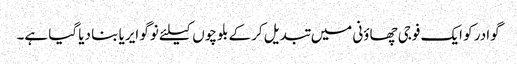
گوادر کو ایک فوجی چھاؤنی میں تبدیل کرکے بلوچوں کیلئے نوگو ایریا بنا دیا گیا ہے۔